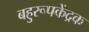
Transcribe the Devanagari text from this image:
बहुरूपकेंद्रक